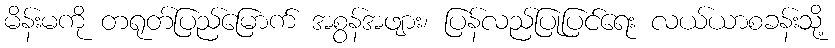
မိန်းမကို တရုတ်ပြည်မြောက် အစွန်အဖျား၊ ပြန်လည်ပြုပြင်ရေး လယ်ယာစခန်းသို့